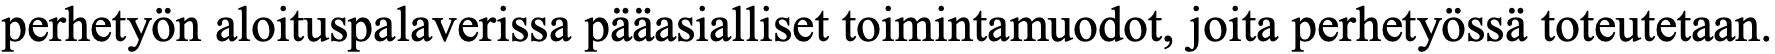
perhetyön aloituspalaverissa pääasialliset toimintamuodot, joita perhetyössä toteutetaan.